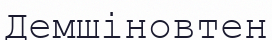
Демшіновтен